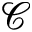
\mathcal { C }